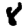
Digit: 8